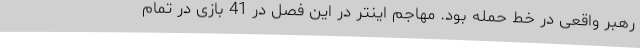
رهبر واقعی در خط حمله بود. مهاجم اینتر در این فصل در 41 بازی در تمام